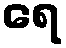
ရေ